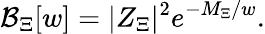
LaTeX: {\cal B}_{\Xi}[w]=|Z_{\Xi}|^{2}e^{-M_{\Xi}/w}.